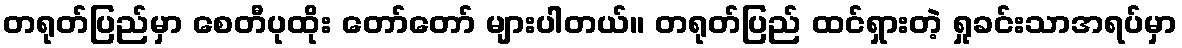
တရုတ်ပြည်မှာ စေတီပုထိုး တော်တော် များပါတယ်။ တရုတ်ပြည် ထင်ရှားတဲ့ ရှုခင်းသာအရပ်မှာ